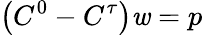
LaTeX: \left(C^{0}-C^{\tau}\right)\mathit{w}=p